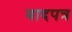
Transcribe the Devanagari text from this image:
बादपत्र